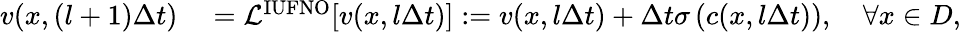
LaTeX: \begin{array}{rl}{{v}(x,(l+1)\Delta t)}&{{}=\mathcal{L}^{\mathrm{IUFNO}}[{v}({x},l\Delta t)]:={v}({x},l\Delta t)+\Delta t\sigma\left(c(x,l\Delta t)\right),\quad\forall x\in D,}\end{array}